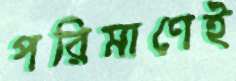
পরিমাণেই